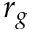
r _ { g }